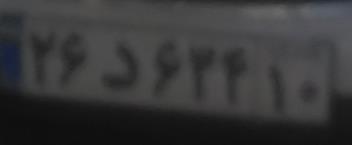
۲۶د۶۳۴۱۰